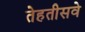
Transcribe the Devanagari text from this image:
तेहतीसवे